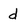
Character: d